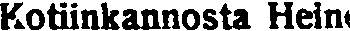
Kotiinkannosta Heini